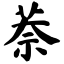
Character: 萘